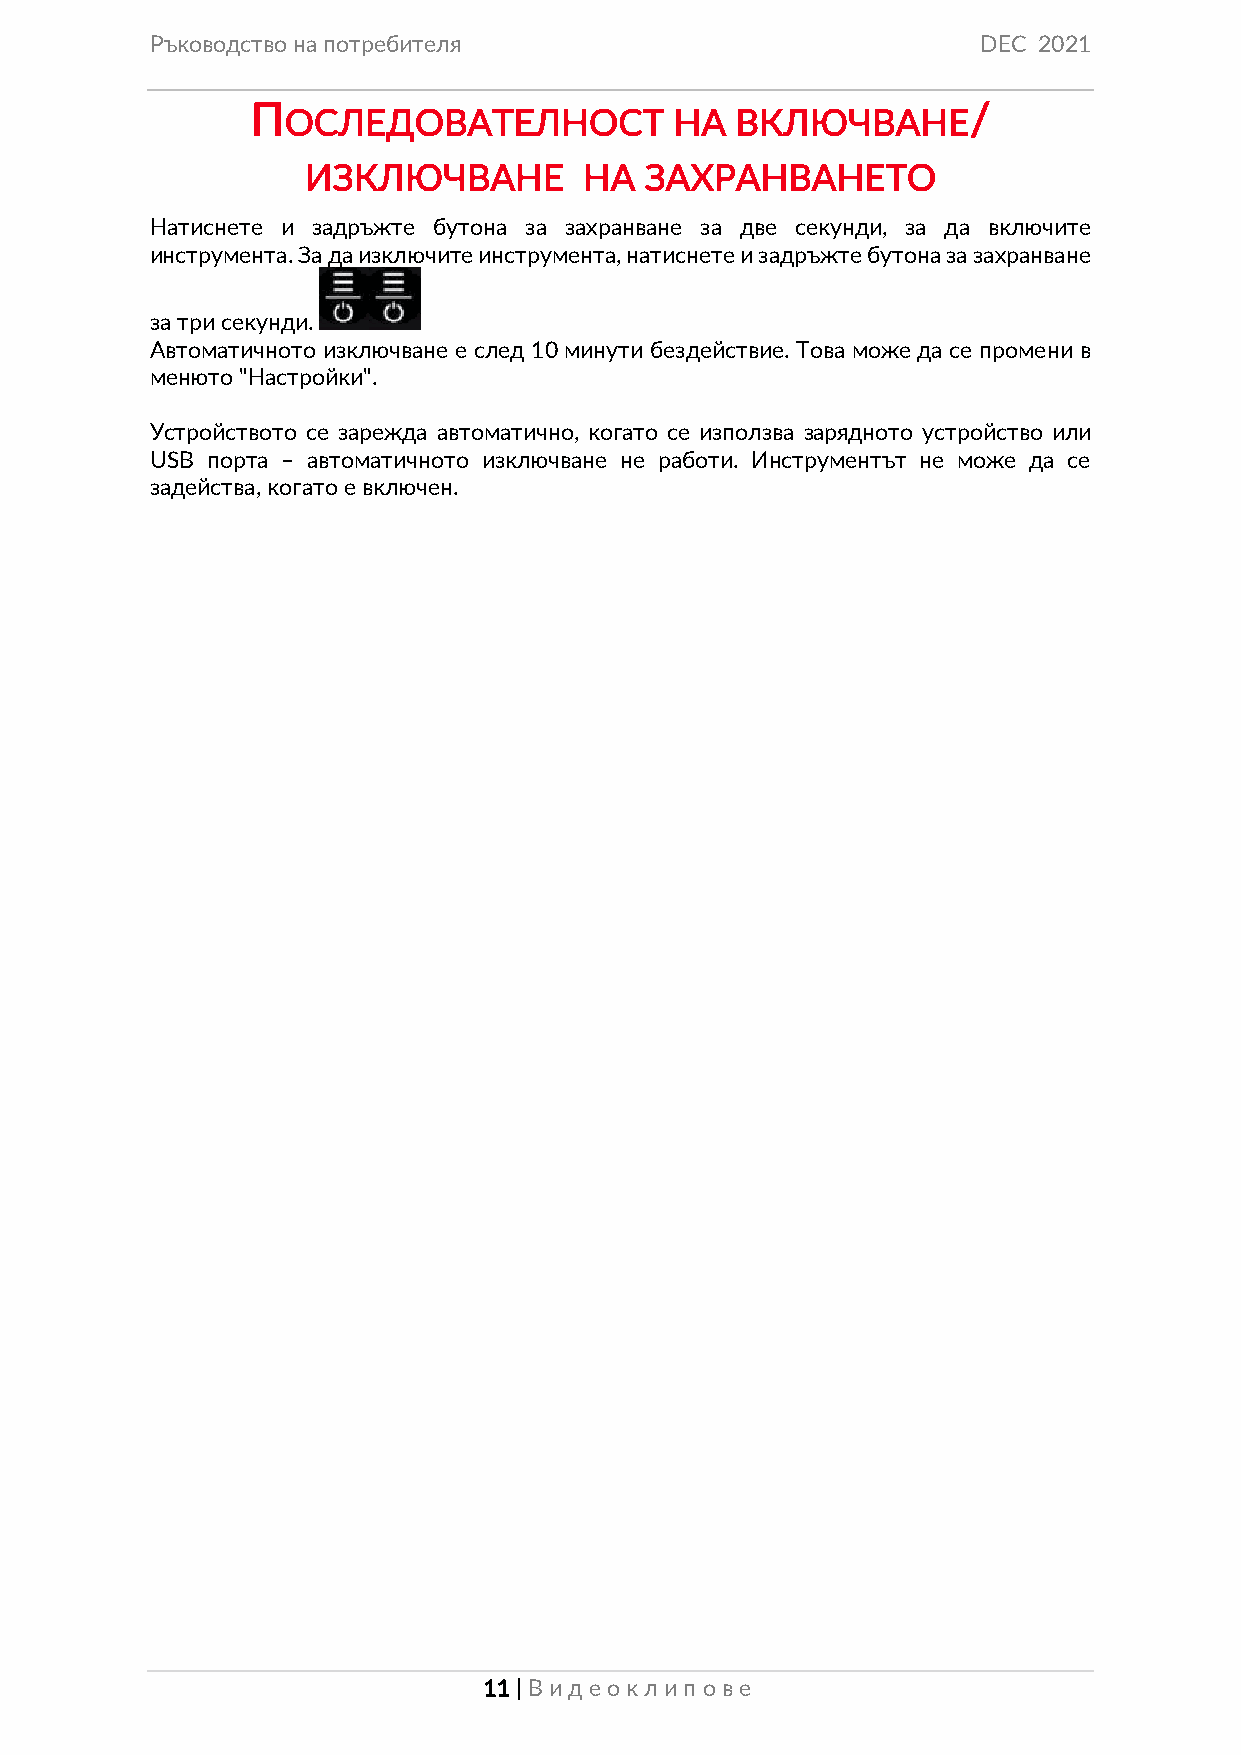
Ръководство на потребителя                             DEC 2021
 П                                              /
 ОСЛЕДОВАТЕЛНОСТ           НА  ВКЛЮЧВАНЕ
 ИЗКЛЮЧВАНЕ         НА  ЗАХРАНВАНЕТО
 Натиснете и задръжте бутона за захранване за две секунди, за да включите
 инструмента. За да изключите инструмента, натиснете и задръжте бутона за захранване
 за три секунди.
 Автоматичното изключване е след 10 минути бездействие. Това може да се промени в
 менюто "Настройки".
 Устройството се зарежда автоматично, когато се използва зарядното устройство или
 USB порта – автоматичното изключване не работи. Инструментът не може да се
 задейства, когато е включен.
 11 | Вид еок лип ове